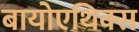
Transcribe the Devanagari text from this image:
बायोएथिक्स